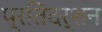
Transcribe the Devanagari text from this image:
प्रतिदर्शन